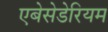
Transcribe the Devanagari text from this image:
एबेसेडेरियम